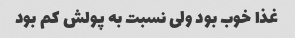
غذا خوب بود ولی نسبت به پولش کم بود